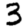
Digit: 3